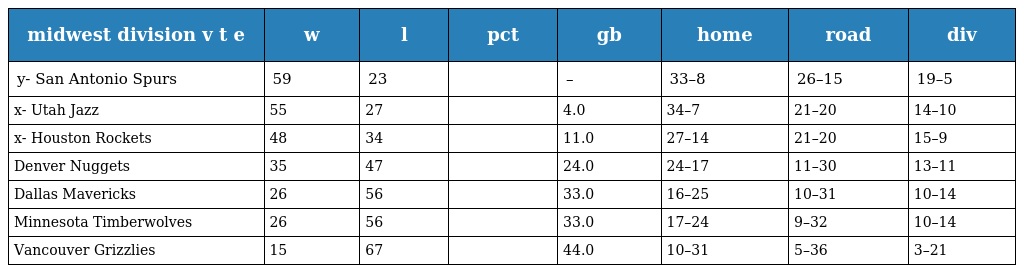
| midwest division v t e | w | l | pct | gb | home | road | div |
 | --- | --- | --- | --- | --- | --- | --- | --- |
 | y- San Antonio Spurs | 59 | 23 |  | – | 33–8 | 26–15 | 19–5 |
 | x- Utah Jazz | 55 | 27 |  | 4.0 | 34–7 | 21–20 | 14–10 |
 | x- Houston Rockets | 48 | 34 |  | 11.0 | 27–14 | 21–20 | 15–9 |
 | Denver Nuggets | 35 | 47 |  | 24.0 | 24–17 | 11–30 | 13–11 |
 | Dallas Mavericks | 26 | 56 |  | 33.0 | 16–25 | 10–31 | 10–14 |
 | Minnesota Timberwolves | 26 | 56 |  | 33.0 | 17–24 | 9–32 | 10–14 |
 | Vancouver Grizzlies | 15 | 67 |  | 44.0 | 10–31 | 5–36 | 3–21 |